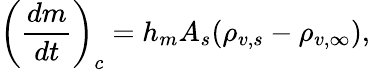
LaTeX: \left(\frac{dm}{dt}\right)_{c}=h_{m}A_{s}(\rho_{v,s}-\rho_{v,\infty}),